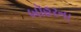
બૉહરના